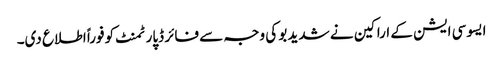
ایسوسی ایشن کے اراکین نے شدید بو کی وجہ سے فائر ڈپارٹمنٹ کو فوراً اطلاع دی۔